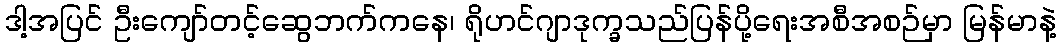
ဒါ့အပြင် ဦးကျော်တင့်ဆွေဘက်ကနေ၊ ရိုဟင်ဂျာဒုက္ခသည်ပြန်ပို့ရေးအစီအစဉ်မှာ မြန်မာနဲ့